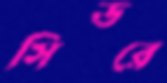
সিডরে